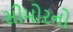
સીમોરનો